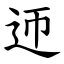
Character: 迊